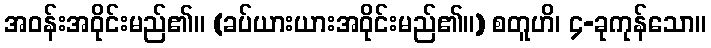
အဝန်းအဝိုင်းမည်၏။ (ခပ်ယားယားအဝိုင်းမည်၏။) စတူဟိ၊ ၄-ခုကုန်သော။